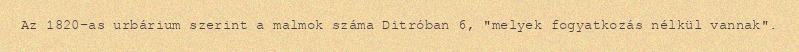
Az 1820-as urbárium szerint a malmok száma Ditróban 6, "melyek fogyatkozás nélkül vannak".